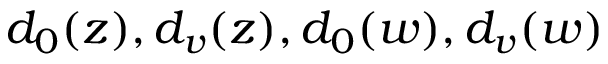
{ d _ { 0 } ( z ) , d _ { v } ( z ) , d _ { 0 } ( w ) , d _ { v } ( w ) }